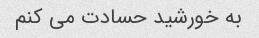
به خورشید حسادت می کنم